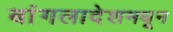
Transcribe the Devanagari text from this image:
बांगलादेशमधून